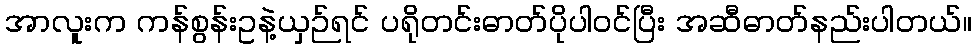
အာလူးက ကန်စွန်းဥနဲ့ယှဉ်ရင် ပရိုတင်းဓာတ်ပိုပါဝင်ပြီး အဆီဓာတ်နည်းပါတယ်။